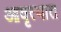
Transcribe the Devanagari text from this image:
आवृत्यात